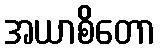
အယာစိတော